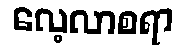
လေ့လာစရာ